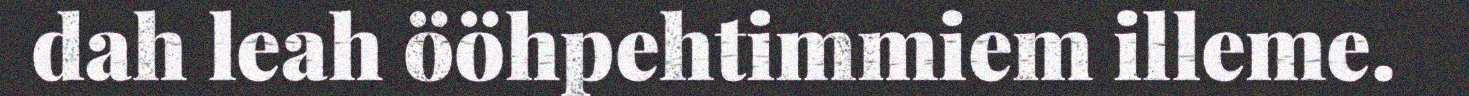
dah leah ööhpehtimmiem illeme.